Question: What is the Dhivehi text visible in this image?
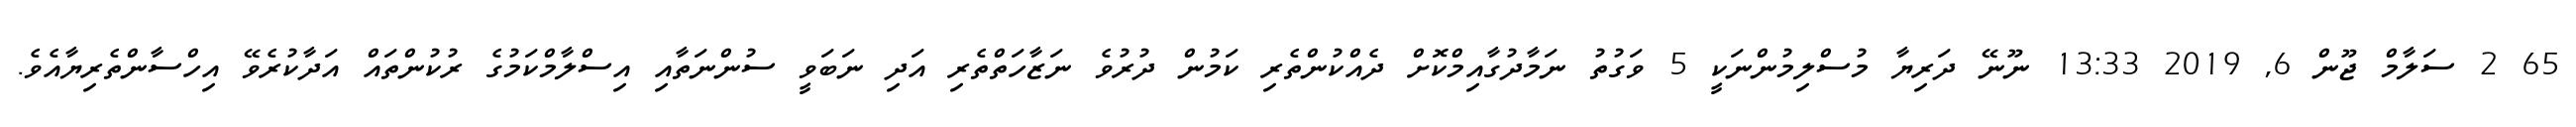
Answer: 65 2 ސަލާމް ޖޫން 6, 2019 13:33 ނޫނޭ ދަރިޔާ މުސްލިމުންނަކީ 5 ވަގުތު ނަމާދުގާއިމްކޮށް ދެއްކުންތެރި ކަމުން ދުރުވެ ނަޒާހަތްތެރި އަދި ނަބަވީ ސުންނަތާއި އިސްލާމްކަމުގެ ރުކުންތައް އަދާކުރެވޭ އިހްސާންތެރިޔާއެވެ.